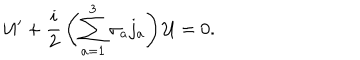
{ \cal U } ^ { \prime } + { \frac { i } { 2 } } \left( \sum _ { a = 1 } ^ { 3 } \sigma _ { a } j _ { a } \right) { \cal U } = 0 .